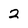
Character: 2